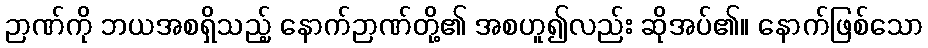
ဉာဏ်ကို ဘယအစရှိသည့် နောက်ဉာဏ်တို့၏ အစဟူ၍လည်း ဆိုအပ်၏။ နောက်ဖြစ်သော